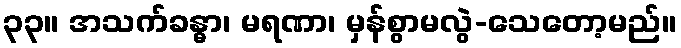
၃၃။ အသက်ခန္ဓာ၊ မရဏာ၊ မှန်စွာမလွဲ-သေတော့မည်။